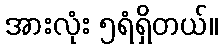
အားလုံး ၅ရံရှိတယ်။